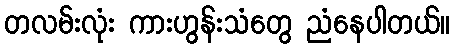
တလမ်းလုံး ကားဟွန်းသံတွေ ညံနေပါတယ်။